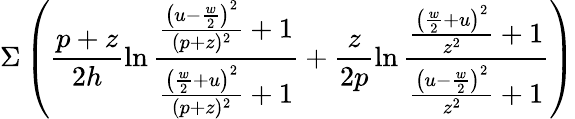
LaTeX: \Sigma\left(\frac{p+z}{2h}\ln\frac{\frac{\left(u-\frac{w}{2}\right)^{2}}{(p+z)^{2}}+1}{\frac{\left(\frac{w}{2}+u\right)^{2}}{(p+z)^{2}}+1}+\frac{z}{2p}\ln\frac{\frac{\left(\frac{w}{2}+u\right)^{2}}{z^{2}}+1}{\frac{\left(u-\frac{w}{2}\right)^{2}}{z^{2}}+1}\right)